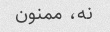
نه، ممنون